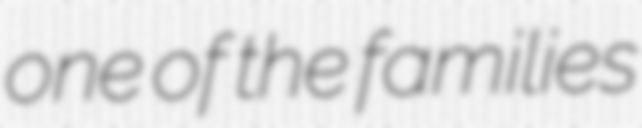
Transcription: one of the families